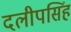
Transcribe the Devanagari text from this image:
दलीपसिंह